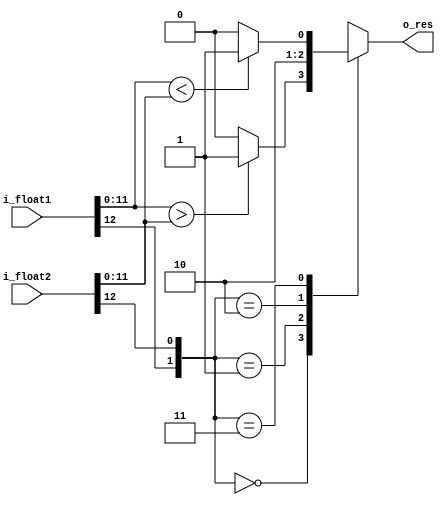
`timescale 1ns / 1ps

module floating_point (
        input wire [12:0] i_float1, i_float2,
        output reg o_res
    );

    wire s1, s2;
    wire [7:0] fracb1, fracb2;
    wire [3:0] exp1, exp2;

    assign s1 = i_float1[12];
    assign s2 = i_float2[12];
    assign fracb1 = i_float1[7:0];
    assign fracb2 = i_float2[7:0];
    assign exp1 = i_float1[11:8];
    assign exp2 = i_float2[11:8];

    always @*
        case ({s1, s2})
            2'b00:
                begin
                    if ({exp1, fracb1} > {exp2, fracb2})
                        o_res = 1'b1;
                    else
                        o_res = 1'b0;
                end
            2'b01: o_res = 1'b1;
            2'b10: o_res = 1'b0;
            2'b11:
                begin
                    if ({exp1, fracb1} < {exp2, fracb2})
                        o_res = 1'b1;
                    else
                        o_res = 1'b0;
                end
            default: o_res = 1'b0;
        endcase
endmodule